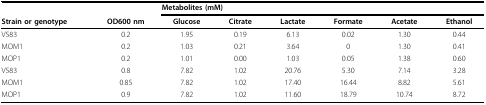
<table><thead><tr><td></td><td></td><td colspan="6"><b>Metabolites (mM)</b></td></tr><tr><td><b>Strain or genotype</b></td><td><b>OD600 nm</b></td><td><b>Glucose</b></td><td><b>Citrate</b></td><td><b>Lactate</b></td><td><b>Formate</b></td><td><b>Acetate</b></td><td><b>Ethanol</b></td></tr></thead><tbody><tr><td>V583</td><td>0.2</td><td>1.95</td><td>0.19</td><td>6.13</td><td>0.02</td><td>1.30</td><td>0.44</td></tr><tr><td>MOM1</td><td>0.2</td><td>1.03</td><td>0.21</td><td>3.64</td><td>0</td><td>1.30</td><td>0.41</td></tr><tr><td>MOP1</td><td>0.2</td><td>1.01</td><td>0.00</td><td>1.03</td><td>0.05</td><td>1.38</td><td>0.60</td></tr><tr><td>V583</td><td>0.8</td><td>7.82</td><td>1.02</td><td>20.76</td><td>5.30</td><td>7.14</td><td>3.28</td></tr><tr><td>MOM1</td><td>0.85</td><td>7.82</td><td>1.02</td><td>17.40</td><td>16.44</td><td>8.82</td><td>5.61</td></tr><tr><td>MOP1</td><td>0.9</td><td>7.82</td><td>1.02</td><td>11.60</td><td>18.79</td><td>10.74</td><td>8.72</td></tr></tbody></table>